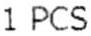
1 PCS